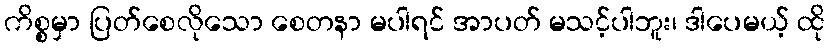
ကိစ္စမှာ ပြတ်စေလိုသော စေတနာ မပါရင် အာပတ် မသင့်ပါဘူး၊ ဒါပေမယ့် ထို